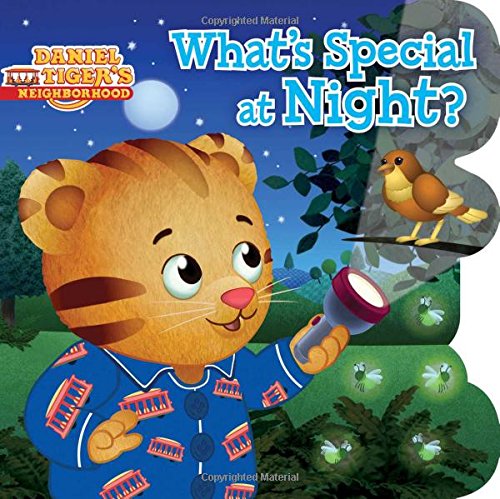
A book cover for What's Special at Night? (Daniel Tiger's Neighborhood); Children's Books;